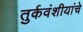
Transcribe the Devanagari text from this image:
तुर्कवंशीयांचे